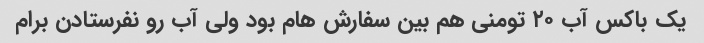
یک باکس آب ۲۰ تومنی هم بین سفارش هام بود ولی آب رو نفرستادن برام